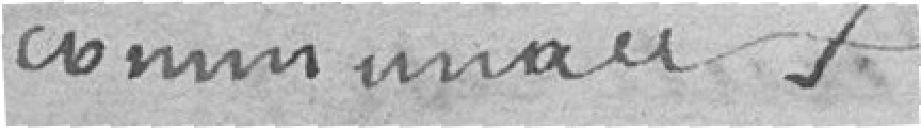
communaux